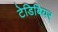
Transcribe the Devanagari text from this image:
टेडिबियर